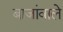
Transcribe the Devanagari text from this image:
बाजांवाले